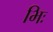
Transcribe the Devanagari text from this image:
भिः